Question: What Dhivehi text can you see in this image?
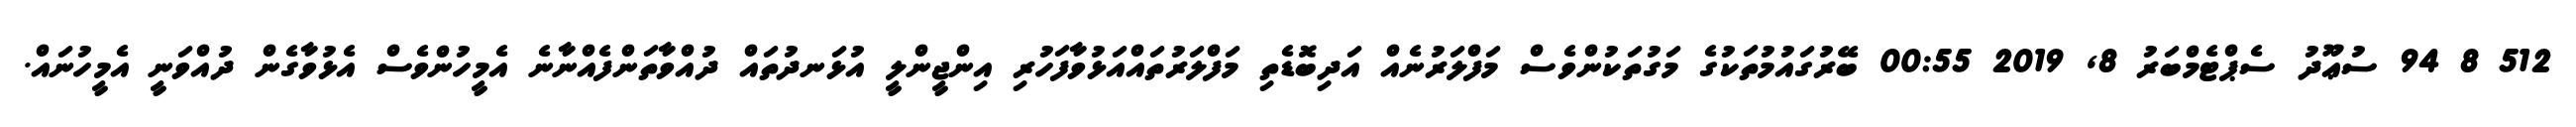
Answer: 512 8 94 ސުޢޫދު ސެޕްޓެމްބަރު 8, 2019 00:55 ބޭރުގައުމުތަކުގެ މަގުތަކުންވެސް މަފްލަރުނެއް އަދިބޮޑެތި މަފްލަރުތައްއަޅުވާފަހުރި އިންޖީންލީ އުޅަނދުތައް ދުއްވާތަންފެއްނާނެ އެމީހުންވެސް އެޅުވާގެން ދުއްވަނީ އެމީހުނައް.